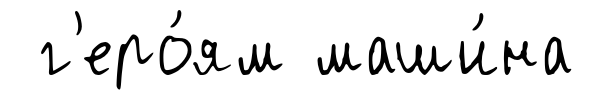
г'еро́ям маши́на